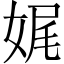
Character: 娓